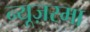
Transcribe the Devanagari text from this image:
न्यूज़रमा